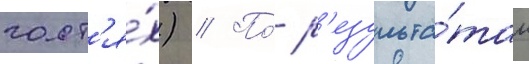
гост'я́х) // По́ р'езульта́там